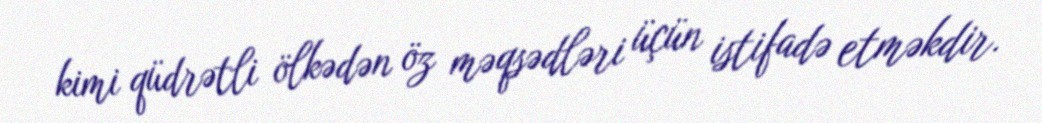
kimi qüdrətli ölkədən öz məqsədləri üçün istifadə etməkdir.